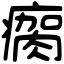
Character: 瘸